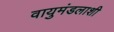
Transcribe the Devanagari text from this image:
वायुमंडलाशी